Scientific memoirs by medical officers of the Army of India - Part XI,
Year: 1898
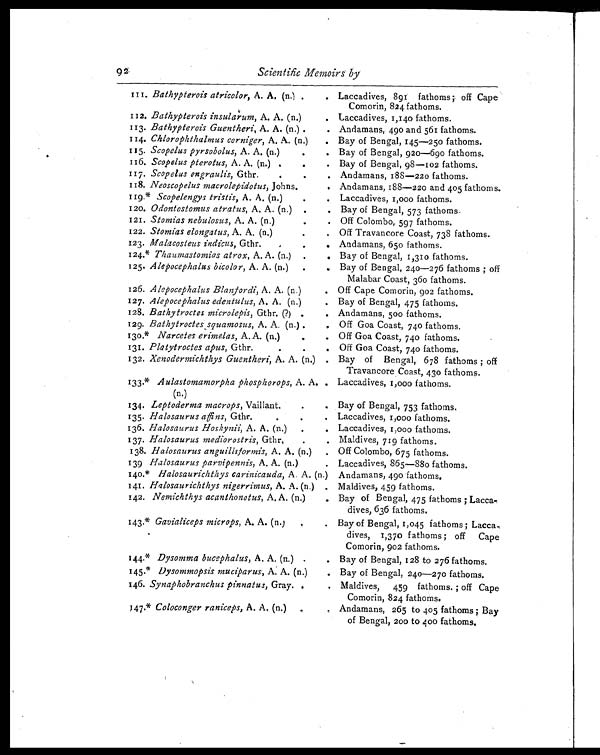
9 2.
Scientific Memoirs by
111. Bathypterois atricolor, A. A. (n.) Laccadives, 891 fathoms; off Cape
Comorin, 824 fathoms.
112. B Bathypterois insularum , A. A. (n.)
Laccadives, 1,140 fathoms.
113. Bathypterois Guentheri , A. A. (n.) .
. Andamans, 490 and 561 fathoms.
114. Chlorophthalmus corniger, A. A. (n.)
. Bay of Bengal, 145—250 fathoms.
115. Scopelus pyrsobolus, A. A. (n.)
.
. Bay of Bengal, 920—690 fathoms.
116. Scopelus pterotus, A. A. (n.)
.
. Bay of Bengal, 98—102 fathoms.
117. Scopelus engraulis , Gthr.
.
. Andamans, 188—220 fathoms.
118. Neoscopelus macrolepidotus, Johns.
. Andamans, 188—220 and 405 fathoms.
119.* Scopelengys tristis, A. A. (n.)
.
. Laccadives, 1,000 fathoms.
120. Odontostomus atratus, A. A. (n.) .
. Bay of Bengal, 573 fathoms.
121. Stomias nebulosus , A. A. (n.)
Off Colombo, 597 fathoms.
122. Stomias elongatus , A. A. (n.)
.
. Off Travancore Coast, 738 fathoms.
123. Malacosteus indicus , Gthr.
Andamans, 65o fathoms.
124.
* T h a u m a s t o m i a s a t r o x
, A . A . ( n . )
. . Bay of Bengal, 1,310 fathoms.
125. Alepocephalus bicolor, A. A. (n.) .
., Bay of Bengal, 240—276 fathoms ; off
Malabar Coast, 360 fathoms.
126. Alepocephalus Blanfordi, A. A. (n.)
. Off Cape Comorin, 902 fathoms.
127. Alepocephalus edentulus, A. A. (n.)
• Bay of Bengal, 475 fathoms.
128. Bathytroctes microlepis , Gthr. (?) .
. Andamans, 500 fathoms.
129. Bathytroctes squamosus , A. A. (n.) .
, , Off Goa Coast, 740 fathoms.
130,* Narcetes erimelas , A. A. (n.)
Off Goa Coast, 740 fathoms.
131. Platytroctes apus, Gthr.
.
.
. Off Goa Coast, 740 fathoms.
132. Xenodermichthys Guentheri, A. A. (n.) . Bay of Bengal, 678 fathoms ; off
Travancore Coast, 43o fathoms.
133,* Aulastomamorpha phosphorops, A. A. .
(n.)
Laccadives, 1,000 fathoms.
134. Leptoderma macrops , Vailliant.
.
. Bay of Bengal, 753 fathoms.
135. Halosaurus affins , Gthr.
.
.
, Laccadives, 1,000 fathoms.
136. Halosaurus Hoskynii, A. A. (n.) .
„ Laccadives, 1,000 fathoms.
137. Halosaurus mediorostris , Gthr,
.
. Maldives, 719 fathoms.
138. Halosaurus anguilliformis, A. A. (n.) , Off Colombo, 675 fathoms.
139 Halosaurus parvipennis , A. A. (n.)
. Laccadives, 865—880 fathoms.
I40. Halosaurichthys carinicauda , A. A. (n.) Andamans, 490 fathoms.
141. Halosaurichthys nigerrimus , A. A. (n.) . Maldives, 459 fathoms.
142. Nemichthys acanthonotus, A. A. (n.)
. Bay of Bengal, 475 fathoms ; Lacca-
dives, 636 fathoms.
143.* Gavialiceps microps , A. A. (n.)
Bay of Bengal, 1,045 fathoms ; Lacca
-dives, 1,370 fathoms ; off Cape
Comorin, 902 fathoms.
144.* Dysomma bucephalus , A. A. (n.) ,
Bay of Bengal, 128 to 276 fathoms.
145.* Dysommopsis muciparus, A. A. (n.)
.Bay of Bengal, 240—270 fathoms.
146. Synaphobranchus pinnatus , Gray. .
.Maldives, 459 fathoms. ; off Cape
Comorin, 824 fathoms.
1 4 7 Coloconger raniceps, A. A. (n.) .
Andamans, 265 to 405 fathoms ; Bay
of Bengal, 200 to 400 fathoms.